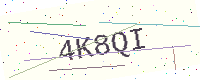
Text: 4K8QI